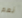
نعم